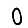
Digit: 0